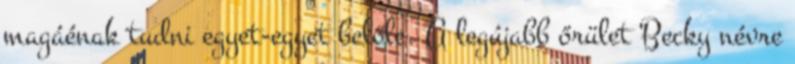
magáénak tudni egyet-egyet belőle. A legújabb őrület Becky névre